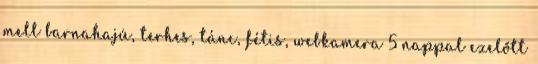
mell barnahajú, terhes, tánc, fétis, webkamera 5 nappal ezelőtt